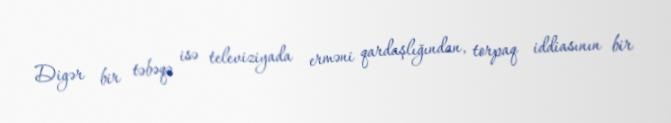
Digər bir təbəqə isə televiziyada erməni qardaşlığından, torpaq iddiasının bir